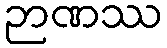
ဉာဏဿ